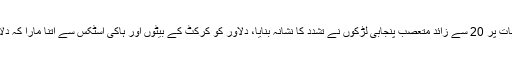
لاہور کے ماڈل ٹاؤن میں ایک کرکٹ گراؤنڈ پر معمولی بات پر 20 سے زائد متعصب پنجابی لڑکوں نے تشدد کا نشانہ بنایا، دلاور کو کرکٹ کے بیٹوں اور ہاکی اسٹکس سے اتنا مارا کہ دلاور زخموں کی تاب نہ لاتے ہوئے ہسپتال میں دم توڑ دیا۔